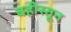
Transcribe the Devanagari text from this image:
बहीस्तून